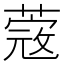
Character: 蔲